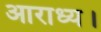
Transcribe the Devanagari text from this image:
आराध्य।